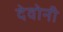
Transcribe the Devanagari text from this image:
देवोनी